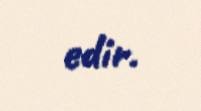
edir.